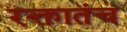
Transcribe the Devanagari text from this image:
रक्तातंच